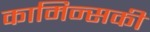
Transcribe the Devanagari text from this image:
कामिन्सकी